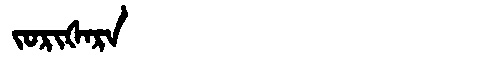
Manchu: ᠵᠣᡵᡳᡧᠠᡵᠠ
Romanization: JORIŠARA